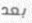
بعد